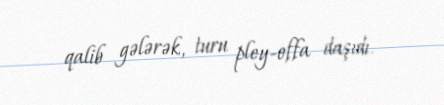
qalib gələrək, turu pley-offa daşıdı.